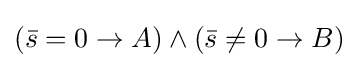
({\bar {s}}=0\to A)\wedge ({\bar {s}}\neq 0\to B)